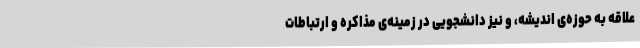
علاقه به حوزه‌ی اندیشه، و نیز دانشجویی در زمینه‌ی مذاکره و ارتباطات